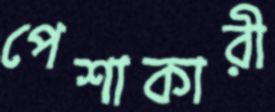
পেশাকারী